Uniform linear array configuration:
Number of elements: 48
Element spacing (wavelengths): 0.75
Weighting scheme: hann
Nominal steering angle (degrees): -30
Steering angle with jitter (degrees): -29.04
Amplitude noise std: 0.05
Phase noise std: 0.05

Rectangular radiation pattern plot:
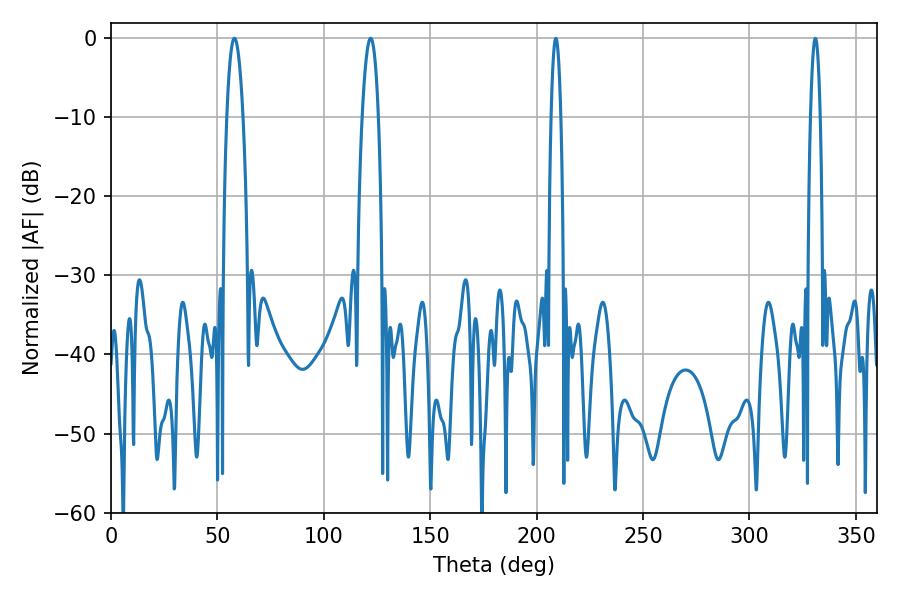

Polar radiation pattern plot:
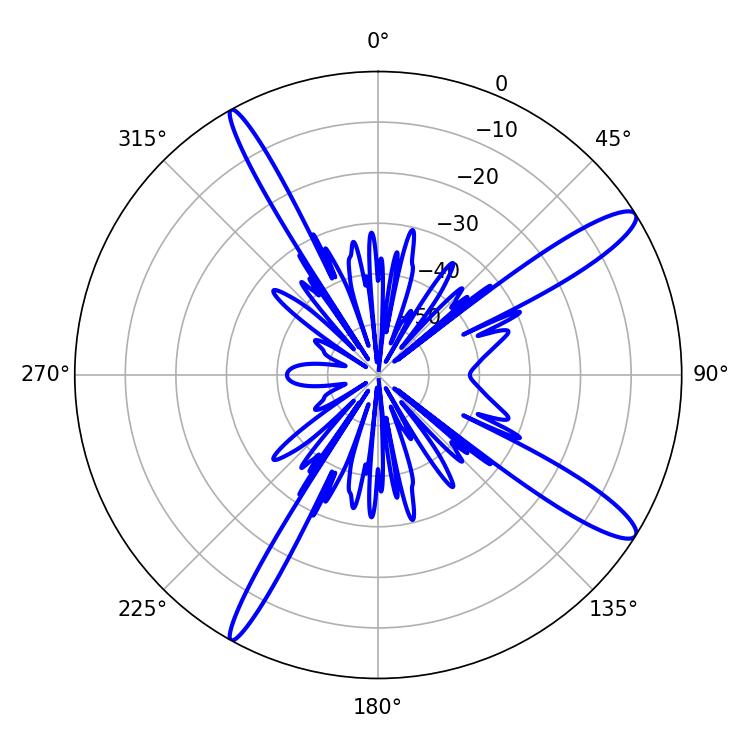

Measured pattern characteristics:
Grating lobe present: TRUE
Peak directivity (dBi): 13.536
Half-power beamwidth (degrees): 4.14
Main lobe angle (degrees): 57.96